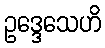
ဥဒ္ဒေသေဟိ